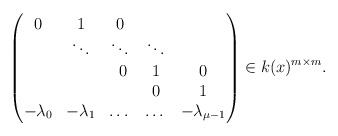
\begin{align*}\begin{pmatrix}0& 1& 0 & & \\& \ddots & \ddots & \ddots & \\& & \ 0 & 1 & 0 \\& & & 0 & 1\\-\lambda_0 & -\lambda_1 & \dots & \dots & -\lambda_{\mu-1}\end{pmatrix}\in k(x)^{m\times m}.\end{align*}